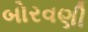
બોરવણી